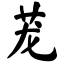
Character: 茏